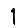
Digit: 1